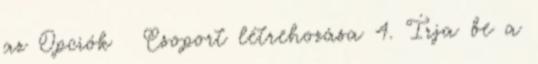
az Opciók → Csoport létrehozása 4. Írja be a